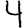
Digit: 4